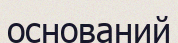
оснований